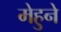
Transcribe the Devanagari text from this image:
मेहुने